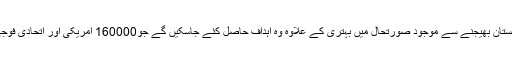
لیکن کیا مزید500امریکی فوجی افغانستان بھیجنے سے موجود صورتحال میں بہتری کے علاوہ وہ اہداف حاصل کئے جاسکیں گے جو160000 امریکی اور اتحادی فوجی مل کر حاصل نہیں کرسکے تھے ؟